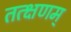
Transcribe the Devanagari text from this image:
तत्क्षणम्